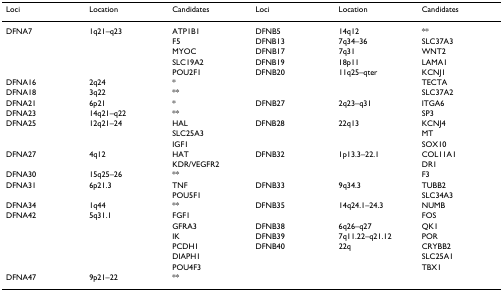
<table><thead><tr><td><b>Loci</b></td><td><b>Location</b></td><td><b>Candidates</b></td><td><b>Loci</b></td><td><b>Location</b></td><td><b>Candidates</b></td></tr></thead><tbody><tr><td>DFNA7</td><td>1q21–q23</td><td>ATP1B1</td><td>DFNB5</td><td>14q12</td><td>**</td></tr><tr><td></td><td></td><td>F5</td><td>DFNB13</td><td>7q34–36</td><td>SLC37A3</td></tr><tr><td></td><td></td><td>MYOC</td><td>DFNB17</td><td>7q31</td><td>WNT2</td></tr><tr><td></td><td></td><td>SLC19A2</td><td>DFNB19</td><td>18p11</td><td>LAMA1</td></tr><tr><td></td><td></td><td>POU2F1</td><td>DFNB20</td><td>11q25–qter</td><td>KCNJ1</td></tr><tr><td>DFNA16</td><td>2q24</td><td>*</td><td></td><td></td><td>TECTA</td></tr><tr><td>DFNA18</td><td>3q22</td><td>**</td><td></td><td></td><td>SLC37A2</td></tr><tr><td>DFNA21</td><td>6p21</td><td>*</td><td>DFNB27</td><td>2q23–q31</td><td>ITGA6</td></tr><tr><td>DFNA23</td><td>14q21–q22</td><td>**</td><td></td><td></td><td>SP3</td></tr><tr><td>DFNA25</td><td>12q21–24</td><td>HAL</td><td>DFNB28</td><td>22q13</td><td>KCNJ4</td></tr><tr><td></td><td></td><td>SLC25A3</td><td></td><td></td><td>MT</td></tr><tr><td></td><td></td><td>IGF1</td><td></td><td></td><td>SOX10</td></tr><tr><td>DFNA27</td><td>4q12</td><td>HAT</td><td>DFNB32</td><td>1p13.3–22.1</td><td>COL11A1</td></tr><tr><td></td><td></td><td>KDR/VEGFR2</td><td></td><td></td><td>DR1</td></tr><tr><td>DFNA30</td><td>15q25–26</td><td>**</td><td></td><td></td><td>F3</td></tr><tr><td>DFNA31</td><td>6p21.3</td><td>TNF</td><td>DFNB33</td><td>9q34.3</td><td>TUBB2</td></tr><tr><td></td><td></td><td>POU5F1</td><td></td><td></td><td>SLC34A3</td></tr><tr><td>DFNA34</td><td>1q44</td><td>**</td><td>DFNB35</td><td>14q24.1–24.3</td><td>NUMB</td></tr><tr><td>DFNA42</td><td>5q31.1</td><td>FGF1</td><td></td><td></td><td>FOS</td></tr><tr><td></td><td></td><td>GFRA3</td><td>DFNB38</td><td>6q26–q27</td><td>QK1</td></tr><tr><td></td><td></td><td>IK</td><td>DFNB39</td><td>7q11.22–q21.12</td><td>POR</td></tr><tr><td></td><td></td><td>PCDH1</td><td>DFNB40</td><td>22q</td><td>CRYBB2</td></tr><tr><td></td><td></td><td>DIAPH1</td><td></td><td></td><td>SLC25A1</td></tr><tr><td></td><td></td><td>POU4F3</td><td></td><td></td><td>TBX1</td></tr><tr><td>DFNA47</td><td>9p21–22</td><td>**</td><td></td><td></td><td></td></tr></tbody></table>